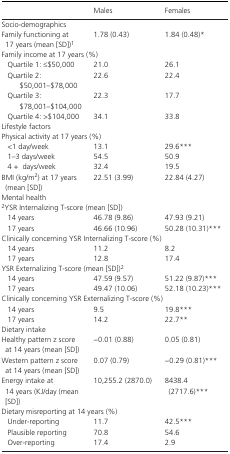
|  | Males | Females |
 | --- | --- | --- |
 | <COLSPAN=3> Socio‐demographics |
 | Family functioning at 17 years (mean [SD])a | 1.78 (0.43) | 1.84 (0.48)* |
 | <COLSPAN=3> Family income at 17 years (%) |
 | Quartile 1: ≤$50,000 | 21.0 | 26.1 |
 | Quartile 2: $50,001–$78,000 | 22.6 | 22.4 |
 | Quartile 3: $78,001–$104,000 | 22.3 | 17.7 |
 | Quartile 4: >$104,000 | 34.1 | 33.8 |
 | <COLSPAN=3> Lifestyle factors |
 | <COLSPAN=3> Physical activity at 17 years (%) |
 | <1 day/week | 13.1 | 29.6*** |
 | 1–3 days/week | 54.5 | 50.9 |
 | 4 +days/week | 32.4 | 19.5 |
 | BMI (kg/m2) at 17 years (mean [SD]) | 22.51 (3.99) | 22.84 (4.27) |
 | <COLSPAN=3> Mental health |
 | <COLSPAN=3> bYSR Internalizing T‐score (mean [SD]) |
 | 14 years | 46.78 (9.86) | 47.93 (9.21) |
 | 17 years | 46.66 (10.96) | 50.28 (10.31)*** |
 | <COLSPAN=3> Clinically concerning YSR Internalizing T‐score (%) |
 | 14 years | 11.2 | 8.2 |
 | 17 years | 12.8 | 17.4 |
 | <COLSPAN=3> YSR Externalizing T‐score (mean [SD])b |
 | 14 years | 47.59 (9.57) | 51.22 (9.87)*** |
 | 17 years | 49.47 (10.06) | 52.18 (10.23)*** |
 | <COLSPAN=3> Clinically concerning YSR Externalizing T‐score (%) |
 | 14 years | 9.5 | 19.8*** |
 | 17 years | 14.2 | 22.7** |
 | <COLSPAN=3> Dietary intake |
 | Healthy pattern z score at 14 years (mean [SD]) | −0.01 (0.88) | 0.05 (0.81) |
 | Western pattern z score at 14 years (mean [SD]) | 0.07 (0.79) | −0.29 (0.81)*** |
 | Energy intake at 14 years (KJ/day (mean [SD]) | 10,255.2 (2870.0) | 8438.4 (2717.6)*** |
 | <COLSPAN=3> Dietary misreporting at 14 years (%) |
 | Under‐reporting | 11.7 | 42.5*** |
 | Plausible reporting | 70.8 | 54.6 |
 | Over‐reporting | 17.4 | 2.9 |